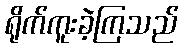
ရိုက်ကူးခဲ့ကြသည်